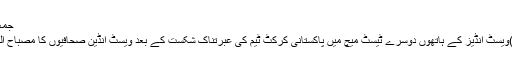
جمعہ‬‮ 5 مئی‬‮‬‮ 2017 | 14:22
بارباڈوس(مانیٹرنگ ڈیسک)ویسٹ انڈیز کے ہاتھوں دوسرے ٹیسٹ میچ میں پاکستانی کرکٹ ٹیم کی عبرتناک شکست کے بعد ویسٹ انڈین صحافیوں کا مصباح الحق سے غیر مناسب سلوک۔